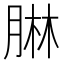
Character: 𦝃